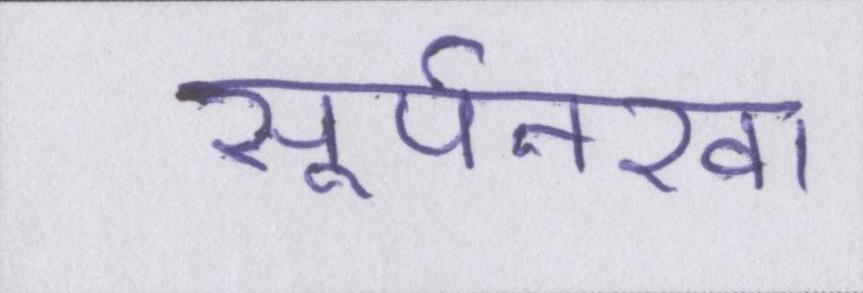
सूर्पनखा